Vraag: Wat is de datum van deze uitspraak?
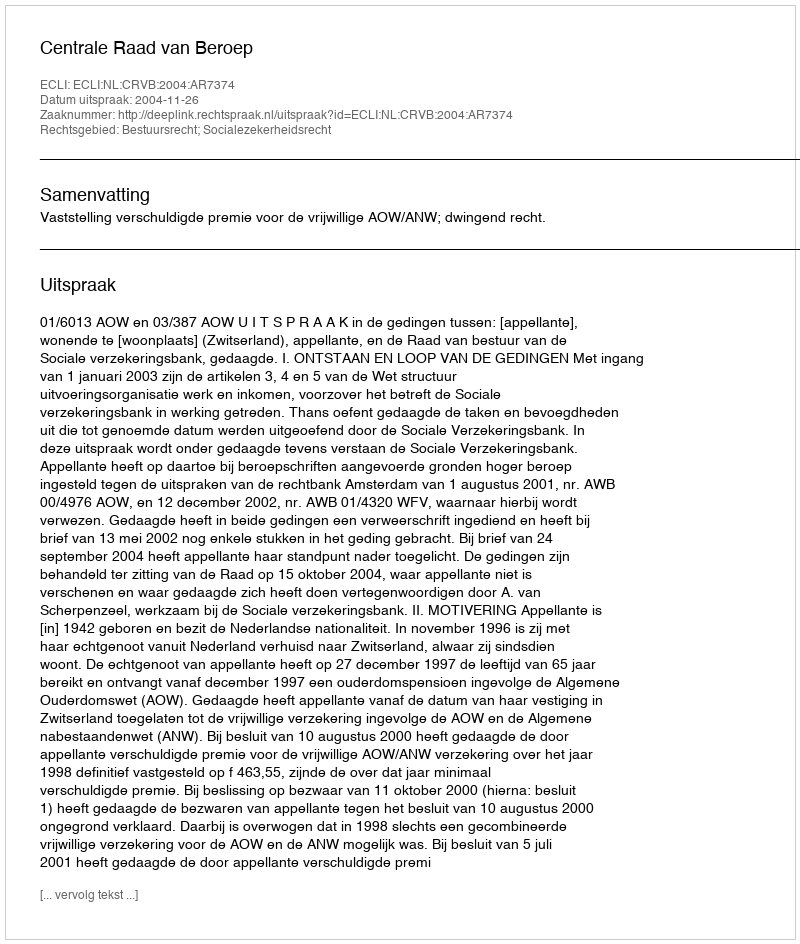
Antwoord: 2004-11-26